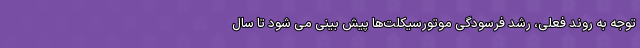
توجه به روند فعلی، رشد فرسودگی موتورسیکلت‌ها پیش بینی می شود تا سال